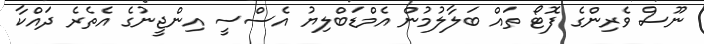
ނޫސް ވެރިންގެ ފޮޓޯ ތައް ބަލާލުމުން އެމްޑަބްލިޔު އެސްސީ އިންޖީނުގެ އެތެރެ ދައްކާ